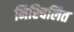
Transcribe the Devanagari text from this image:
निस्चिलित